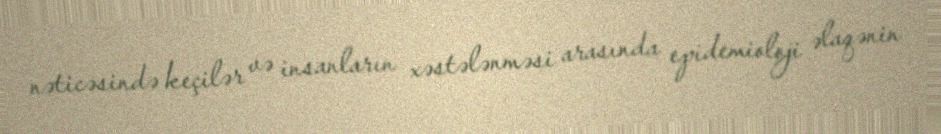
nəticəsində keçilər və insanların xəstələnməsi arasında epidemioloji əlaqənin